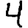
Digit: 4